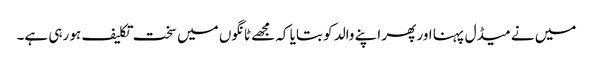
میں نے میڈل پہنا اور پھر اپنے والد کو بتایا کہ مجھے ٹانگوں میں سخت تکلیف ہو رہی ہے۔